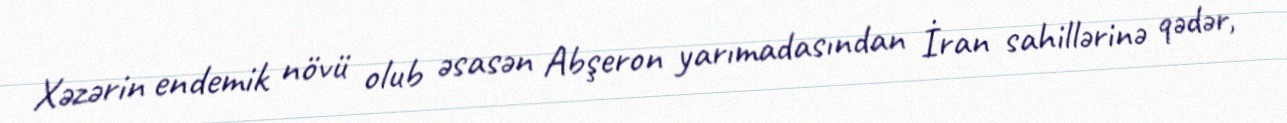
Xəzərin endemik növü olub əsasən Abşeron yarımadasından İran sahillərinə qədər,